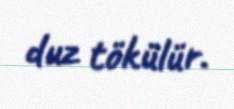
duz tökülür.